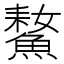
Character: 𩹚